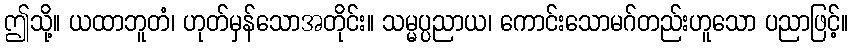
ဤသို့။ ယထာဘူတံ၊ ဟုတ်မှန်သောအတိုင်း။ သမ္မပ္ပညာယ၊ ကောင်းသောမဂ်တည်းဟူသော ပညာဖြင့်။